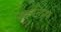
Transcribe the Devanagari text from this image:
एकलिस